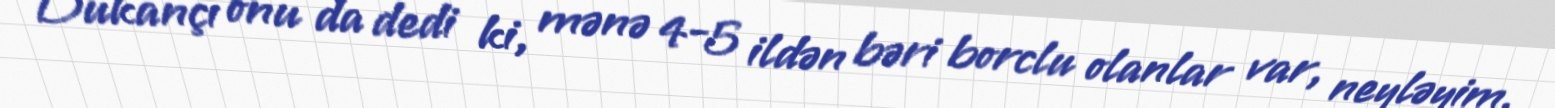
Dükançı onu da dedi ki, mənə 4-5 ildən bəri borclu olanlar var, neyləyim,